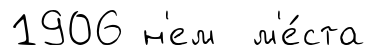
1906 н'ем м'е́ста